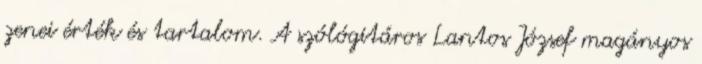
zenei érték és tartalom. A szólógitáros Lantos József magányos